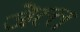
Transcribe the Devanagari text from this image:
जेल्ल